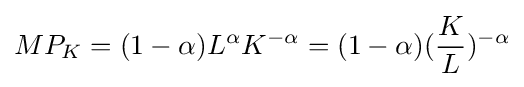
MP_{K}=(1-\alpha )L^{\alpha }K^{-\alpha }=(1-\alpha )({\frac {K}{L}})^{-\alpha }